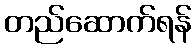
တည်ဆောက်ရန်